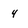
Character: 4